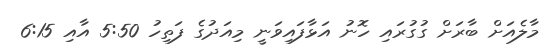
މާލެއަށް ބާރަށް ގުގުރައި ހޮނު އަޅާފައިވަނީ މިއަދުގެ ފަތިހު 5:50 އާއި 6:15